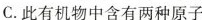
C.此有机物中含有两种原子